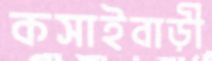
কসাইবাড়ী